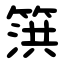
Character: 篊